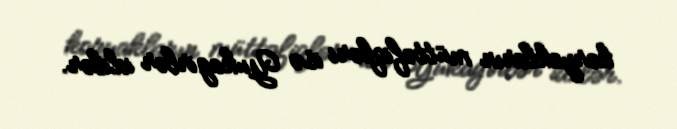
koryakların müttəfiqləri isə Yukagirlər idilər.